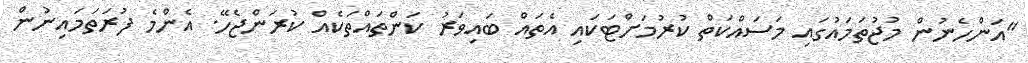
"އަންހެނުން މުޖުތަމައުގައި މަސައްކަތް ކުރުމަށްޓަކައި އެތައް ބައިވަރު ކަންތައްތަކެއް ކުރަންޖެހޭ. އެންމެ ފުރަތަމައިނުން